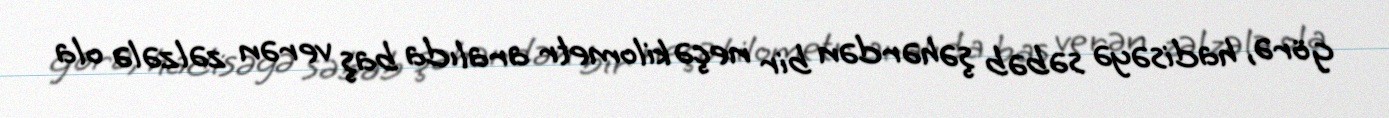
görə, hadisəyə səbəb şəhərdən bir neçə kilometr aralıda baş verən zəlzələ ola